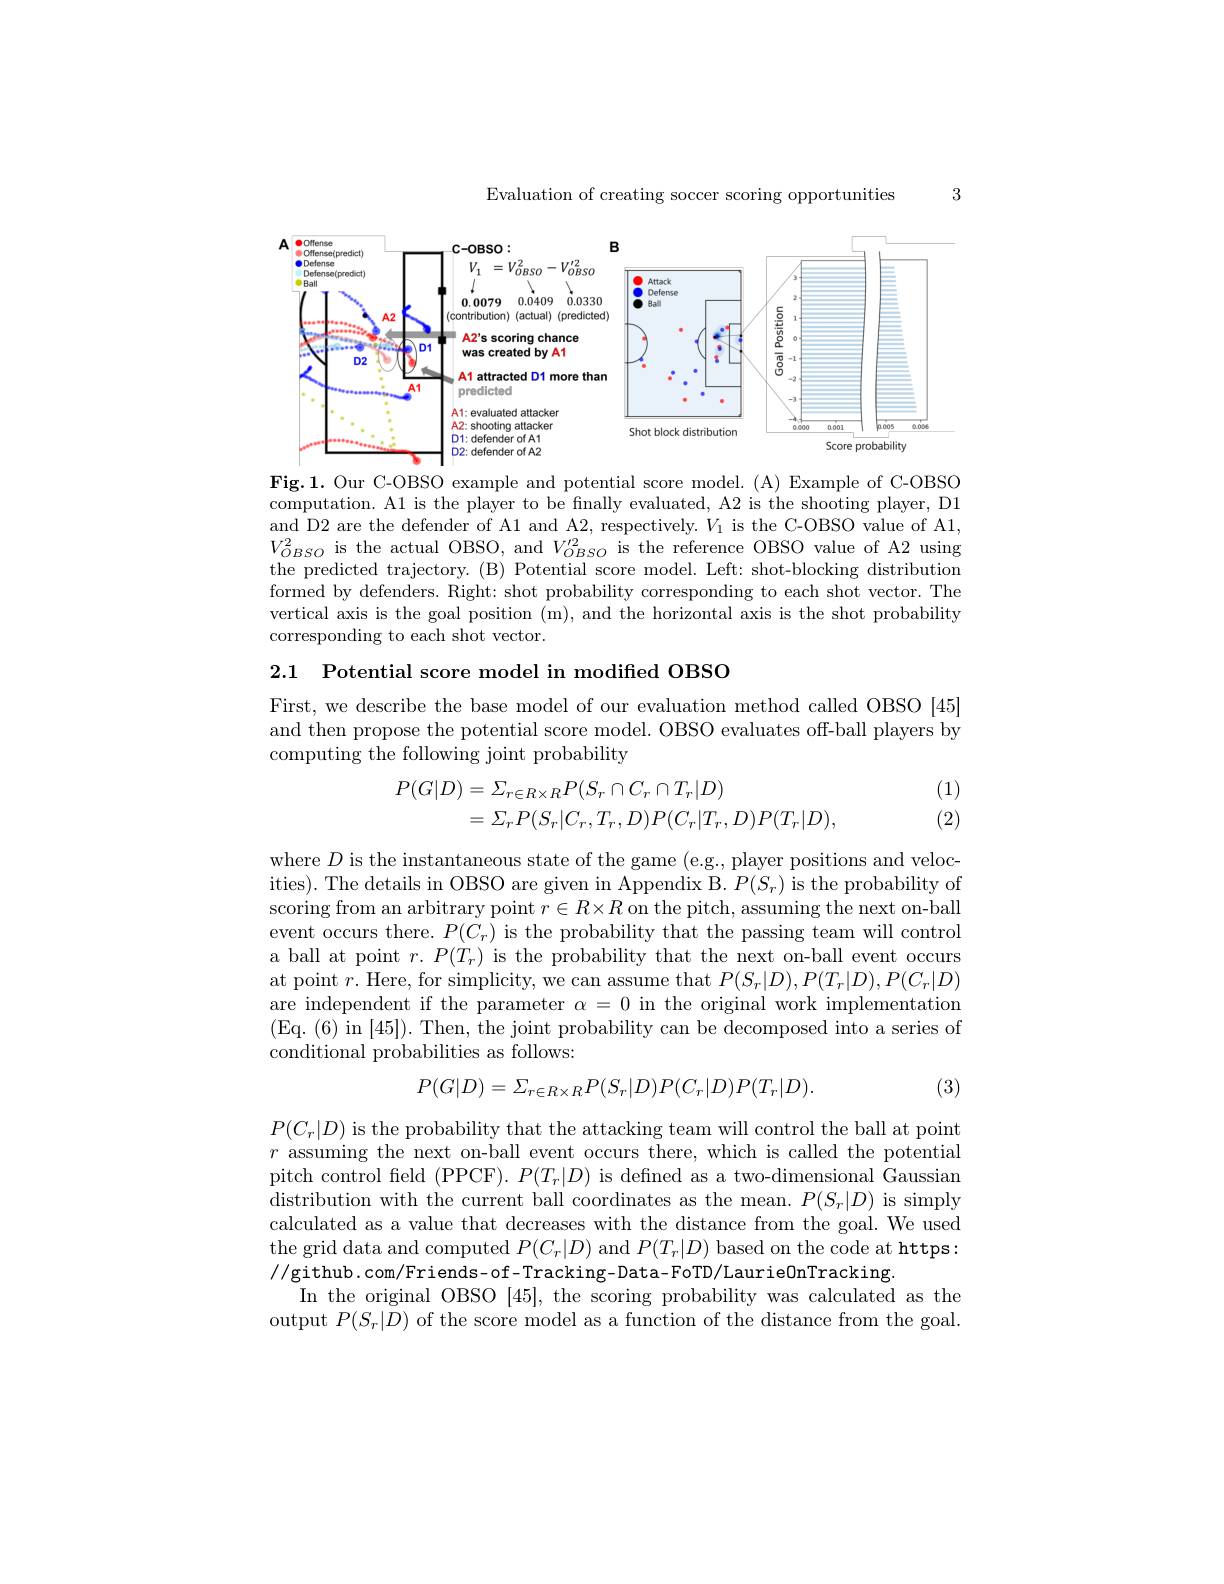
Evaluation of creating soccer scoring opportunities

3

<FigureHere>

Fig.1. Our C-OBSO example and potential score model.(A) Example of C-OBSO computation. A1 is the player to be finally evaluated, A2 is the shooting player, D1 and D2 are the defender of A1 and A2, respectively. $V_1$ is the C-OBSO value of A1, $V_{OBSO}^{2}$ is the actual OBSO, and $V_{OBSO}^{\prime2}$ is the reference OBSO value of A2 using the predicted trajectory. (B) Potential score model. Left: shot-blocking distribution formed by defenders. Right: shot probability corresponding to each shot vector. The vertical axis is the goal position (m), and the horizontal axis is the shot probability corresponding to each shot vector.

2.1 Potential score model in modified OBSO

First, we describe the base model of our evaluation method called OBSO [45] and then propose the potential score model. OBSO evaluates off-ball players by computing the following joint probability

(1) (2)
$$\begin{aligned}P(G|D)&=\Sigma_{r\in R\times R}P(S_r\cap C_r\cap T_r|D)\\&=\Sigma_rP(S_r|C_r,T_r,D)P(C_r|T_r,D)P(T_r|D),\end{aligned}$$
where $D$ is the instantaneous state of the game (e.g., player positions and velocities). The details in OBSO are given in Appendix B. $P(S_{r})$ is the probability of scoring from an arbitrary point $r\in R\times R$ on the pitch, assuming the next on-ball event occurs there. $P(C_{r})$ is the probability that the passing team will control a ball at point $r.P(T_r)$ is the probability that the next on-ball event occurs at point $r.$ Here, for simplicity, we can assume that $P(S_{r}|D),P(T_{r}|D),P(C_{r}|D)$ are independent if the parameter $\alpha=0$ in the original work implementation (Eq. (6) in [45]). Then, the joint probability can be decomposed into a series of conditional probabilities as follows:
$$P(G|D)=\Sigma_{r\in R\times R}P(S_{r}|D)P(C_{r}|D)P(T_{r}|D).$$
(3)

$P(C_{r}|D)$ is the probability that the attacking team will control the ball at point $r$ assuming the next on-ball event occurs there, which is called the potential pitch control field (PPCF$).P(T_r|D)$ is defined as a two-dimensional Gaussian distribution with the current ball coordinates as the mean. $P(S_{r}|D)$ is simply calculated as a value that decreases with the distance from the goal. We used the grid data and computed $P(C_r|D)$ and $P(T_r|D)$ based on the code at https: //github.com/Friends-of-Tracking-Data-FoTD/LaurieOnTracking.
In the original OBSO [45], the scoring probability was calculated as the output $P(S_r|D)$ of the score model as a function of the distance from the goal.